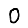
Digit: 0